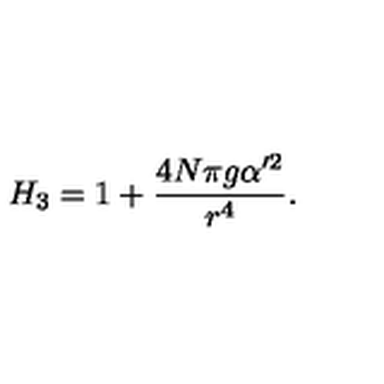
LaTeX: H _ { 3 } = 1 + { \frac { 4 N \pi g \alpha ^ { \prime 2 } } { r ^ { 4 } } } .